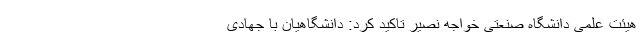
هیئت علمی دانشگاه صنعتی خواجه نصیر تاکید کرد: دانشگاهیان با جهادی